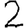
Digit: 2